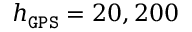
h _ { \tt G P S } = 2 0 , 2 0 0